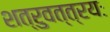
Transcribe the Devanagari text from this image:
शत्रुवत्‌त्रयः